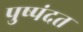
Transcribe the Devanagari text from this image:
पुष्पंदत